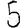
Digit: 5